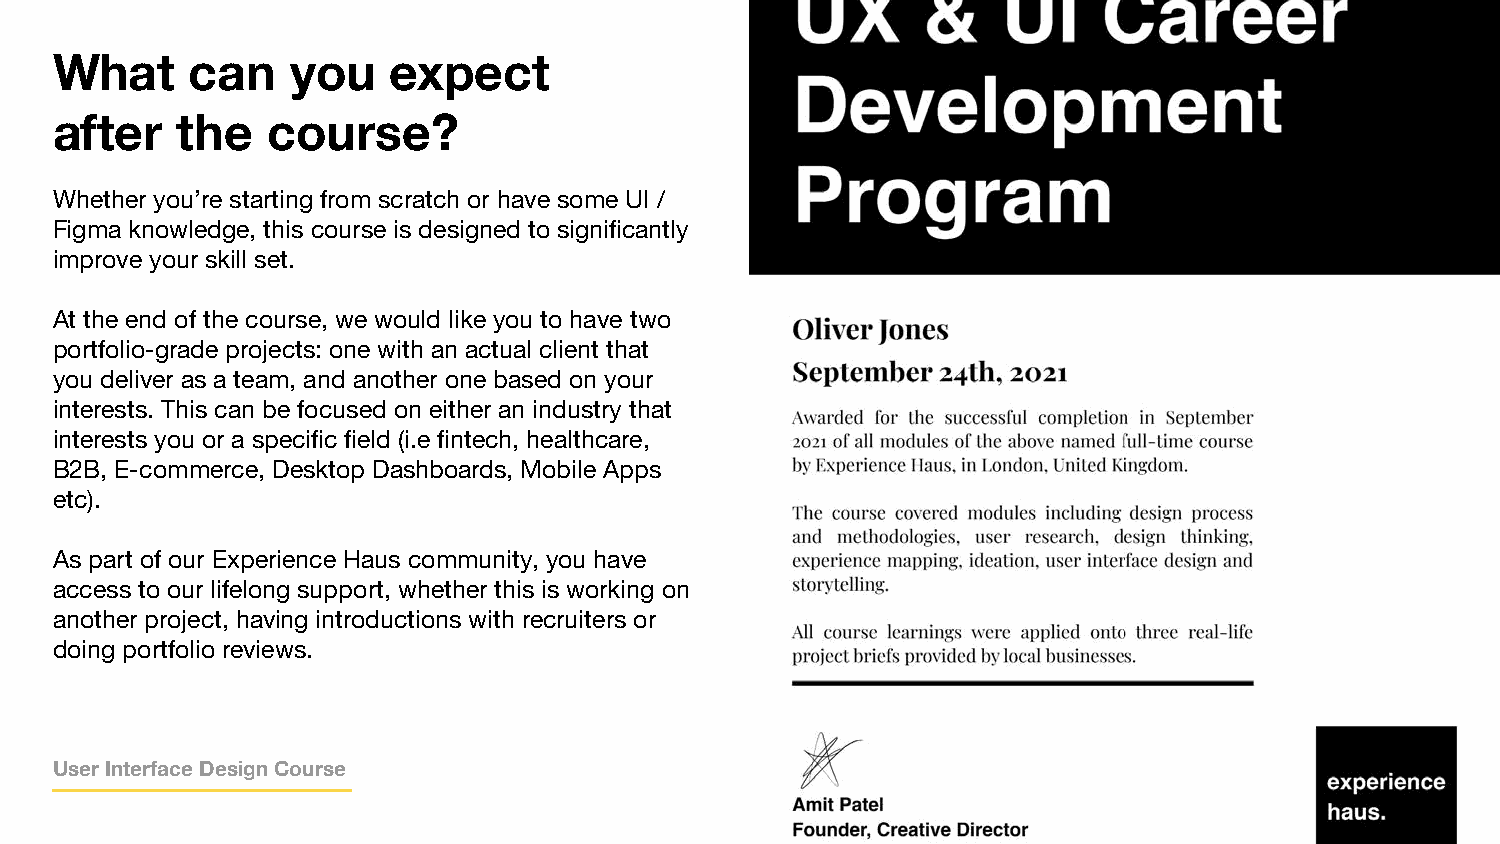
What      can   you    expect
 after    the   course?
 Whether you’re starting from scratch or have some UI /
 Figma knowledge, this course is designed to significantly
 improve your skill set.
 At the end of the course, we would like you to have two
 portfolio-grade projects: one with an actual client that
 you deliver as a team, and another one based on your
 interests. This can be focused on either an industry that
 interests you or a specific field (i.e fintech, healthcare,
 B2B, E-commerce, Desktop Dashboards, Mobile Apps
 etc).
 As part of our Experience Haus community, you have
 access to our lifelong support, whether this is working on
 another project, having introductions with recruiters or
 doing portfolio reviews.
 eexxppeerriieennccee hhaauuss..
 User Interface Design Course